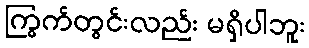
ကြွက်တွင်းလည်း မရှိပါဘူး